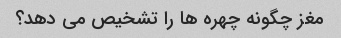
مغز چگونه چهره ها را تشخیص می دهد؟